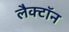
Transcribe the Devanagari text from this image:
लैक्टॉन